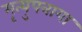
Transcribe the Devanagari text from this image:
मृत्युपत्राया